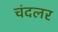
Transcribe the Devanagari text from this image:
चंदलर